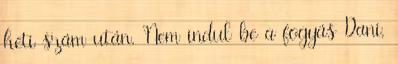
heti szám után. Nem indul be a fogyás Dani,